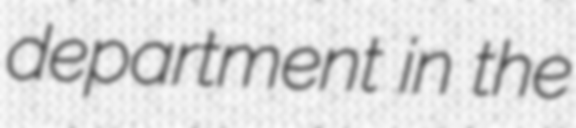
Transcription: department in the